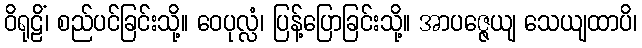
ဝိရုဠိံ၊ စည်ပင်ခြင်းသို့။ ဝေပုလ္လံ၊ ပြန့်ပြောခြင်းသို့။ အာပဇ္ဇေယျ သေယျထာပိ၊